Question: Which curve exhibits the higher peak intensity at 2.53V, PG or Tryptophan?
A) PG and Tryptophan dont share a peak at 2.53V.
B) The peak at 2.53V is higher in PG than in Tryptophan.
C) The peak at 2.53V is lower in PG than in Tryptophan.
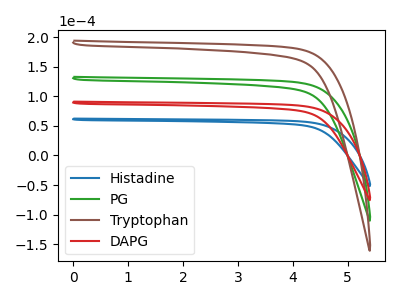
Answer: <think>The blue curve "Histadine" has no peaks. The green curve "PG" has no peaks. The brown curve "Tryptophan" has no peaks. The red curve "DAPG" has no peaks.</think>
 <answer>A) "PG" and "Tryptophan" dont share a peak at 2.53V.</answer>
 <eval>A</eval>